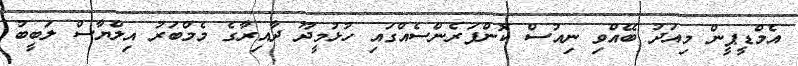
އެމްޑީޕީން މިއަދު ބޭއްވި ނިއުސް ކޮންފަރެންސެއްގައި ހުޅުމީދޫ ދާއިރާގެ މެމްބަރު އިލްޔާސް ލަބީބު